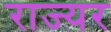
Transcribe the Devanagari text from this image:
राज्यर